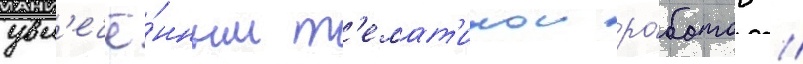
увл'ечё́нным т'емат'икои ро́ботов //